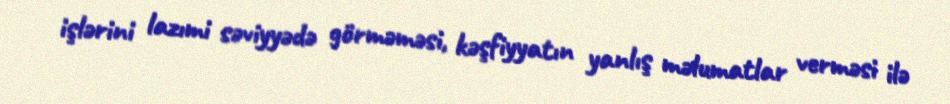
işlərini lazımi səviyyədə görməməsi, kəşfiyyatın yanlış məlumatlar verməsi ilə